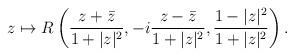
LaTeX: \begin{align*}z\mapsto R\left( \frac{z+\bar{z}}{1+|z|^{2}},-i\frac{z-\bar{z}}{1+|z|^{2}},\frac{1-|z|^{2}}{1+|z|^{2}}\right).\end{align*}